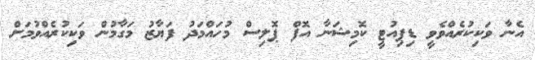
އެނާ ވަކިކުރެއްވެވީ ޑިޕިއުޓީ ކޮމިޝަނާ އޮފް ޕޮލިސް މުހައްމަދު ފަޔާޒު މަގާމުން ވަކިކުރެއްވުމަށް